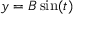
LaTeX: y = B \sin ( t )